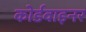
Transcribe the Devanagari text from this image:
कोर्डवाइनर